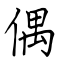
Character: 偶